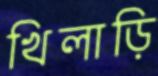
খিলাড়ি